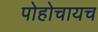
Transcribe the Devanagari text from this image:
पोहोचायच